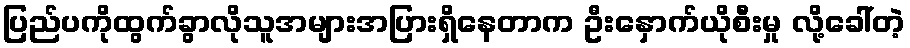
ပြည်ပကိုထွက်ခွာလိုသူအများအပြားရှိနေတာက ဦးနှောက်ယိုစီးမှု လို့ခေါ်တဲ့